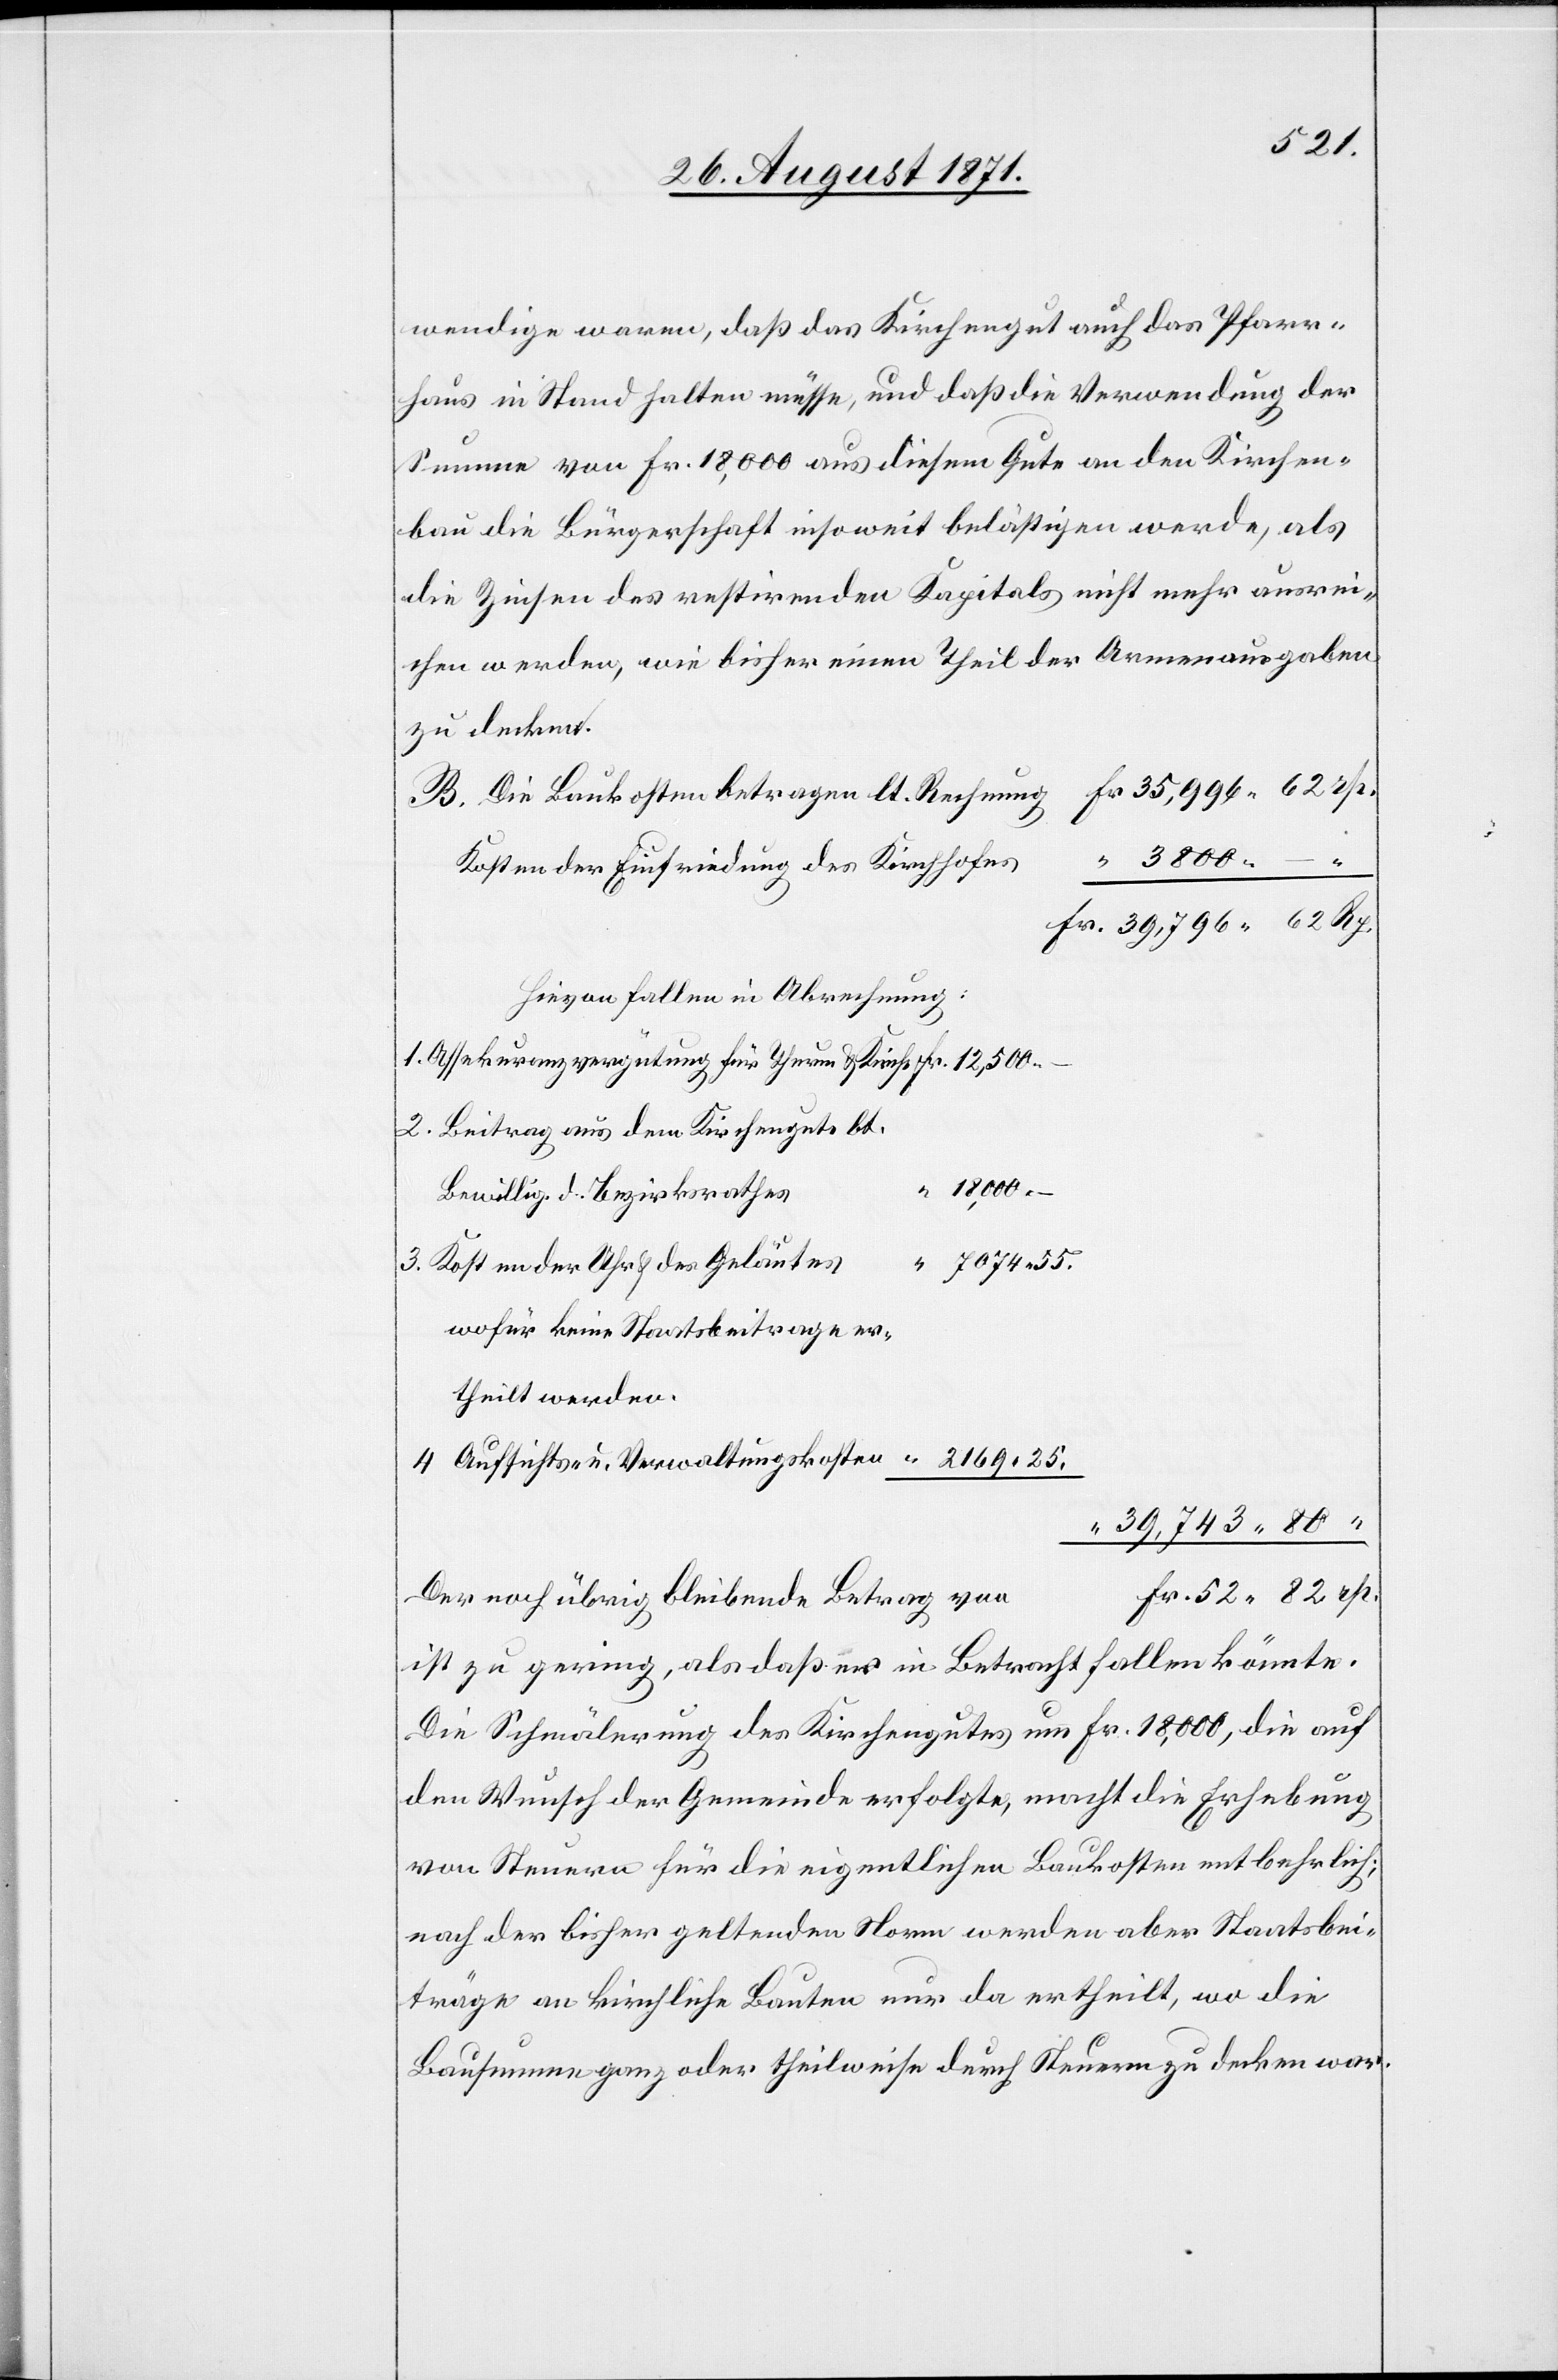
wendige waren, daß das Kirchengut auch das Pfarr¬
haus in Stand halten müsse, und daß die Verwendung der
Summe von Fr. 18,000. aus diesem Gute an den Kirchen¬
bau die Bürgerschaft insoweit belästigen werden, als
die Zinsen des restirenden Kapitals nicht mehr ausrei¬
chen werden, wie bisher einen Theil der Armenausgaben
zu decken.
Die Baukosten betragen lt. Rechnung
Kosten der Einfriedung des Kirchhofes
Hievon fallen in Abrechnung:
Beitrag aus dem Kirchengute bt.
18,000.–
Bewillig. d. Bezitksrathes
7074 55.
Kosten der Uhr & des Geläutes
wofür keine Staatsbeitrage er¬
theilt werden.
39,743
Der noch übrig bleibende Betrag von
ist zu gering, als daß er in Betracht fallen könnte.
Die Schmälerung des Kirchengutes um Fr. 18,000, die auf
den Wunsch der Gemeinde erfolgte, macht die Erhebung
von Steuern für die eigentlichen Baukosten entbehrlich;
nach der bisher geltenden Norm werden aber Staatsbei¬
träge an kirchliche Bauten nur da ertheilt, wo die
Bausumme ganz oder theilweise durch Steuern zu decken war.